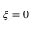
\xi = 0